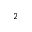
^ 2